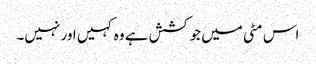
اس مٹی میں جو کشش ہے وہ کہیں اور نہیں۔